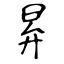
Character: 昪